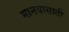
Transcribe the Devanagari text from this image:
मानवासाठी